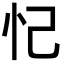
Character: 忋